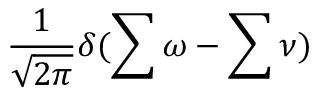
\frac { 1 } { \sqrt { 2 \pi } } \delta ( \sum \omega - \sum \nu )